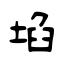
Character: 埳